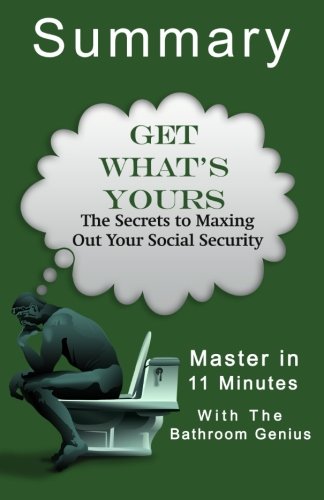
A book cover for A 11-Minute Bathroom Genius Summary Of Get What's Yours: The Secrets to Maxing Out Your Social Security; Bern Bolo; Self-Help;